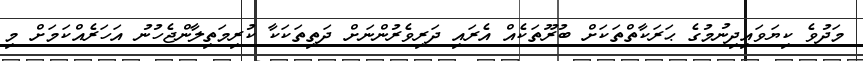
މަދުވެ ކިޔަވައިދިނުމުގެ ޙަރަކާތްތަކަށް ބުރޫތަކެއް އެރައި ދަރިވެރުންނަށް ދަތިތަކަކާ ކުރިމަތިލާންޖެހުނު އަހަރެއްކަމަށް މި